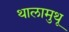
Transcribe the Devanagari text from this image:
थालामुथू